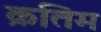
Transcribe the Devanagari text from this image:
क्रतिम